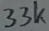
Text: 33k